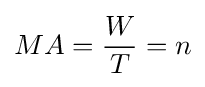
MA={\frac {W}{T}}=n